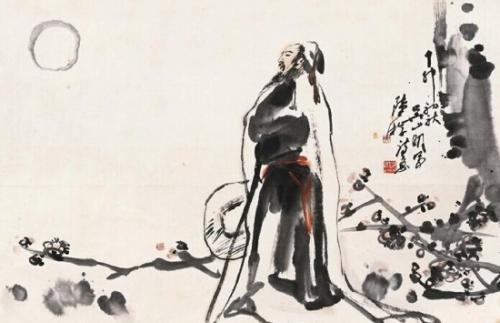
遗民忍死望恢复，几处今宵垂泪痕。